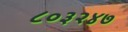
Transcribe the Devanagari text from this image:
८०३२४७